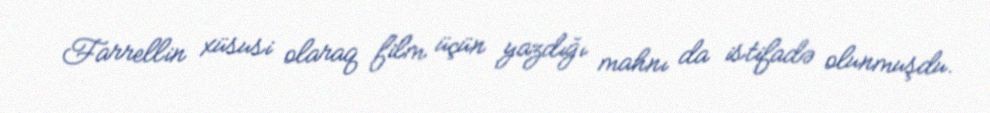
Farrellin xüsusi olaraq film üçün yazdığı mahnı da istifadə olunmuşdu.